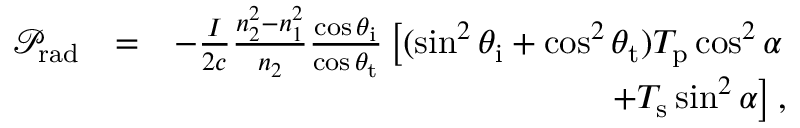
\begin{array} { r l r } { \mathcal { P } _ { \mathrm { r a d } } } & { = } & { - \frac { I } { 2 c } \frac { n _ { 2 } ^ { 2 } - n _ { 1 } ^ { 2 } } { n _ { 2 } } \frac { \cos \theta _ { \mathrm { i } } } { \cos \theta _ { \mathrm { t } } } \left[ ( \sin ^ { 2 } \theta _ { \mathrm { i } } + \cos ^ { 2 } \theta _ { \mathrm { t } } ) T _ { \mathrm { p } } \cos ^ { 2 } \alpha \right. } \\ & { } & { \left. + T _ { \mathrm { s } } \sin ^ { 2 } \alpha \right] , } \end{array}